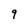
Character: 9